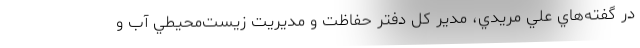
در گفته‌هاي علي مريدي، مدير كل دفتر حفاظت و مديريت زيست‌محيطي آب و